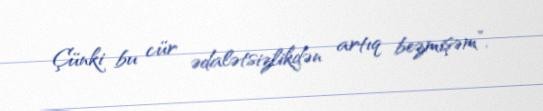
Çünki bu cür ədalətsizlikdən artıq bezmişəm”.